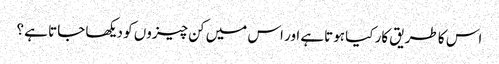
اس کا طریق کار کیا ہوتاہے اور اس میں کن چیزوں کو دیکھا جاتا ہے ؟